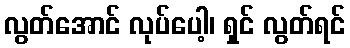
လွတ်အောင် လုပ်ပေါ့၊ ရှင် လွတ်ရင်